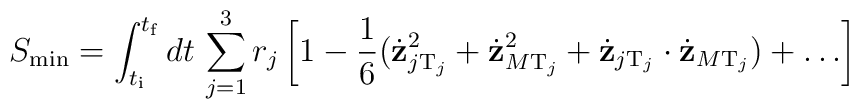
S_{\min}= \int_{t_{\rm i}}^{t_{\rm f}} dt \, \sum_{j=1}^{3} r_j \left[ 1-\frac{1}{6} (\dot{{\bf z}}_{j{\rm T}_j}^2+ \dot{{\bf z}}_{M {\rm T}_j}^2 + \dot{{\bf z}}_{j{\rm T}_j} \cdot \dot{{\bf z}}_{M {\rm T}_j})+ \ldots \right]